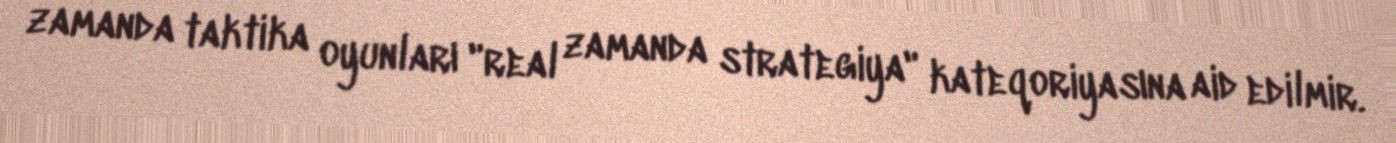
zamanda taktika oyunları "real zamanda strategiya" kateqoriyasına aid edilmir.